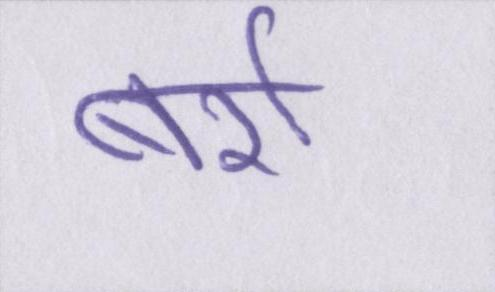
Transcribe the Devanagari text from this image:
बर्रा